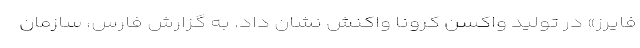
فایرز» در تولید واکسن کرونا واکنش نشان داد. به گزارش فارس، سازمان